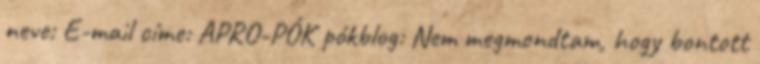
neve: E-mail címe: APRO-PÓK pókblog: Nem megmondtam, hogy bontott